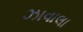
ઝાવાલા